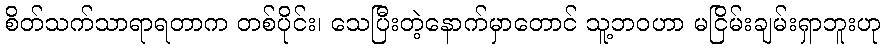
စိတ်သက်သာရာရတာက တစ်ပိုင်း၊ သေပြီးတဲ့နောက်မှာတောင် သူ့ဘဝဟာ မငြိမ်းချမ်းရှာဘူးဟု